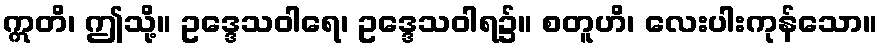
ဣတိ၊ ဤသို့။ ဥဒ္ဒေသဝါရေ၊ ဥဒ္ဒေသဝါရ၌။ စတူဟိ၊ လေးပါးကုန်သော။